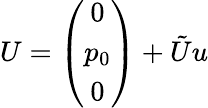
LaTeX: U=\left(\begin{array}{c}{{0}}\\ {{p_{0}}}\\ {{0}}\end{array}\right)+\tilde{U}u